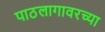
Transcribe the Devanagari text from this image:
पाठलागावरच्या